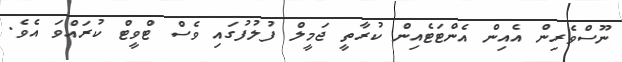
ނޫސްވެެރިން އެއިން އެންޓަޓެއިން ކުރާތީ ޖަމީލް ފުލުފުގައި ވެސް ޓްވީޓް ކުރައްވަ އެވެ.